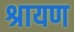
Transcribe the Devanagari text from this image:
श्रायण